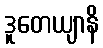
ဒူတေယျာနိ